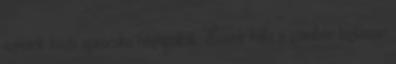
szemek közti aprócska hézagokat. Ennek hála a gombóc biztosan